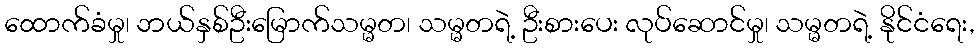
ထောက်ခံမှု၊ ဘယ်နှစ်ဦးမြောက်သမ္မတ၊ သမ္မတရဲ့ ဦးစားပေး လုပ်ဆောင်မှု၊ သမ္မတရဲ့ နိုင်ငံရေး,